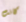
كانت